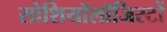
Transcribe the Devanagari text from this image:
सोशियॉलॉजिस्टों